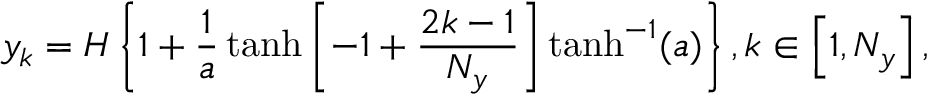
y _ { k } = H \left\{ 1 + \frac { 1 } { a } \operatorname { t a n h } \left[ - 1 + \frac { 2 k - 1 } { N _ { y } } \right] \operatorname { t a n h } ^ { - 1 } ( a ) \right\} , k \in \left[ 1 , N _ { y } \right] ,